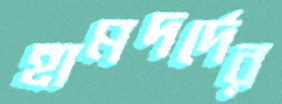
হামদর্দের